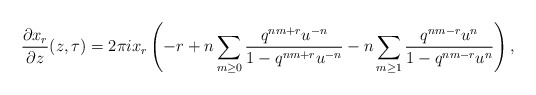
\begin{align*} \frac{\partial x_r}{\partial z}(z,\tau)=2\pi i x_r\left( -r + n \sum_{m \geq 0} \frac{q^{nm+r}u^{-n}}{1-q^{nm+r}u^{-n}}-n \sum_{m \geq 1} \frac{q^{nm-r}u^{n}}{1-q^{nm-r}u^{n}}\right) ,\end{align*}